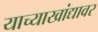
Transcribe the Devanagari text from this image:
याच्याखांद्यावर